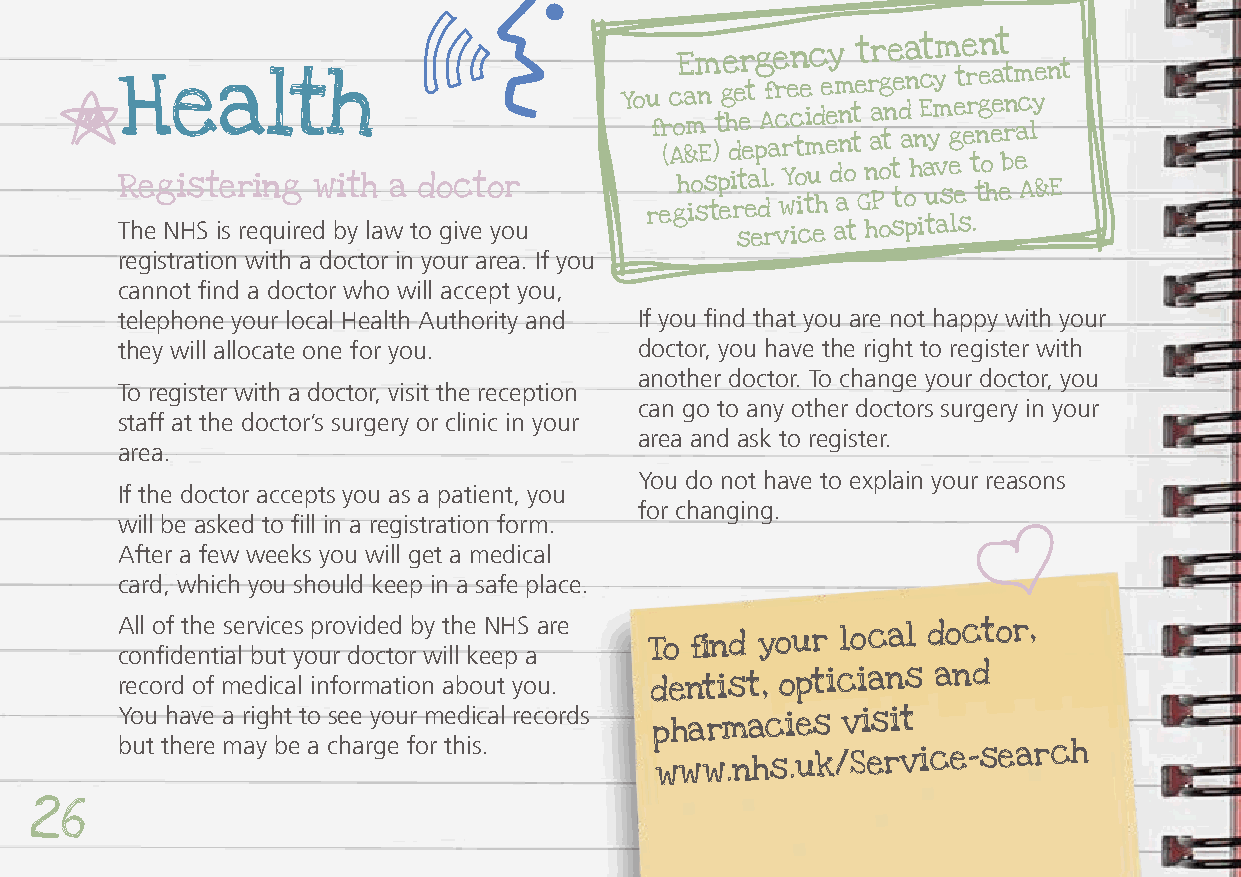
H Rege ista erinl gt wh
 ith a doctor
 You rf
 e
 r (c
 A
 go
 hE
 a &m
 io
 sm
 n
 E
 s
 t)
 t
 p
 eg
 e
 h
 d
 i
 re
 ter
 e
 et
 a
 pg
 dA lf
 a
 .
 e
 cr
 wr
 Ye
 cn
 t
 o
 ie tmi
 uc
 d he
 eey
 dm ann
 o
 ttet
 G
 nr
 aar
 Pog
 t
 ne
 t t
 e d
 a
 oa
 n
 h
 n
 ct
 E
 a
 uyy
 mm
 v s
 eg
 eet
 e
 er r
 t
 tngen
 o
 heea
 t
 ebt rn m eac
 A
 ly &e n Et
 The NHS is required by law to give you
 service at
 hospitals.
 registration with a doctor in your area. If you
 cannot find a doctor who will accept you,
 telephone your local Health Authority and If you find that you are not happy with your
 they will allocate one for you.   doctor, you have the right to register with
 another doctor. To change your doctor, you
 To register with a doctor, visit the reception
 can go to any other doctors surgery in your
 staff at the doctor’s surgery or clinic in your
 area and ask to register.
 area.
 You do not have to explain your reasons
 If the doctor accepts you as a patient, you
 for changing.
 will be asked to fill in a registration form.
 After a few weeks you will get a medical
 card, which you should keep in a safe place.
 All of the services provided by the NHS are
 confidential but your doctor will keep a To find your local
 doctor,
 record of medical information about you. dentist, opticians and
 You have a right to see your medical records
 pharmacies   visit
 but there may be a charge for this.
 www.nhs.uk/Service-search
 26